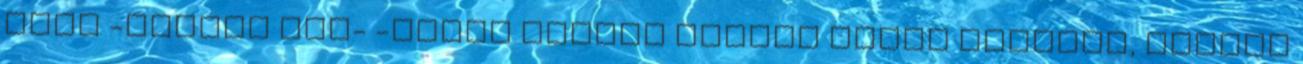
anya -nézett rám- -Tudod kicsim vannak olyan emlékek, amiket